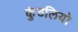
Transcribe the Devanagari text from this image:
कुंडलियो